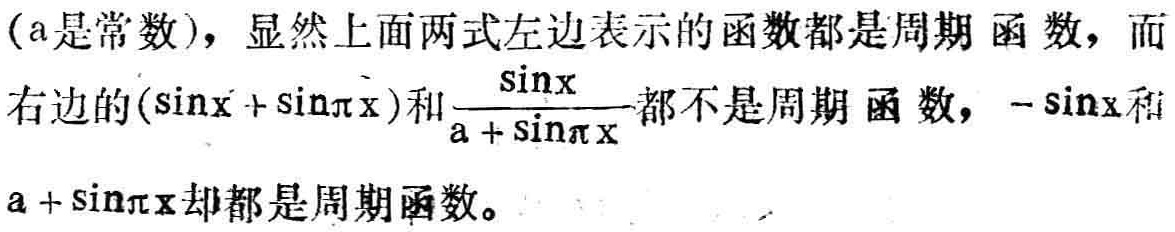
(a是常数)，显然上面两式左边表示的函数都是周期函数，而右边的\((\sin x + \sin \pi x)\)和\(\frac{\sin x}{a + \sin \pi x}\)都不是周期函数，\(-\sin x\)和\(a + \sin \pi x\)却都是周期函数。